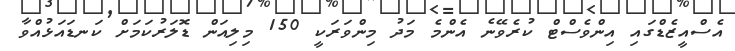
އެސްއީޒެޑްގައި އިންވެސްޓް ކުރެވޭނެ އެންމެ މަދު މިންވަރަކީ 150 މިލިއަން ޑޮލަރުކަމަށް ކަނޑައަޅުއްވާ